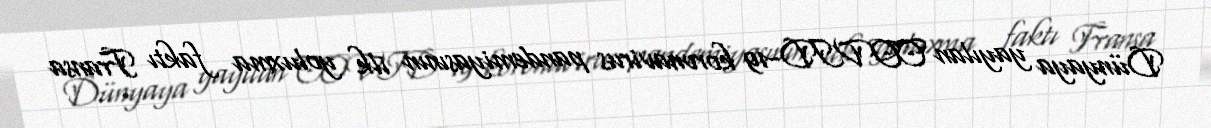
Dünyaya yayılan COVID-19 koronavirus pandemiyasının ilk yoluxma faktı Fransa